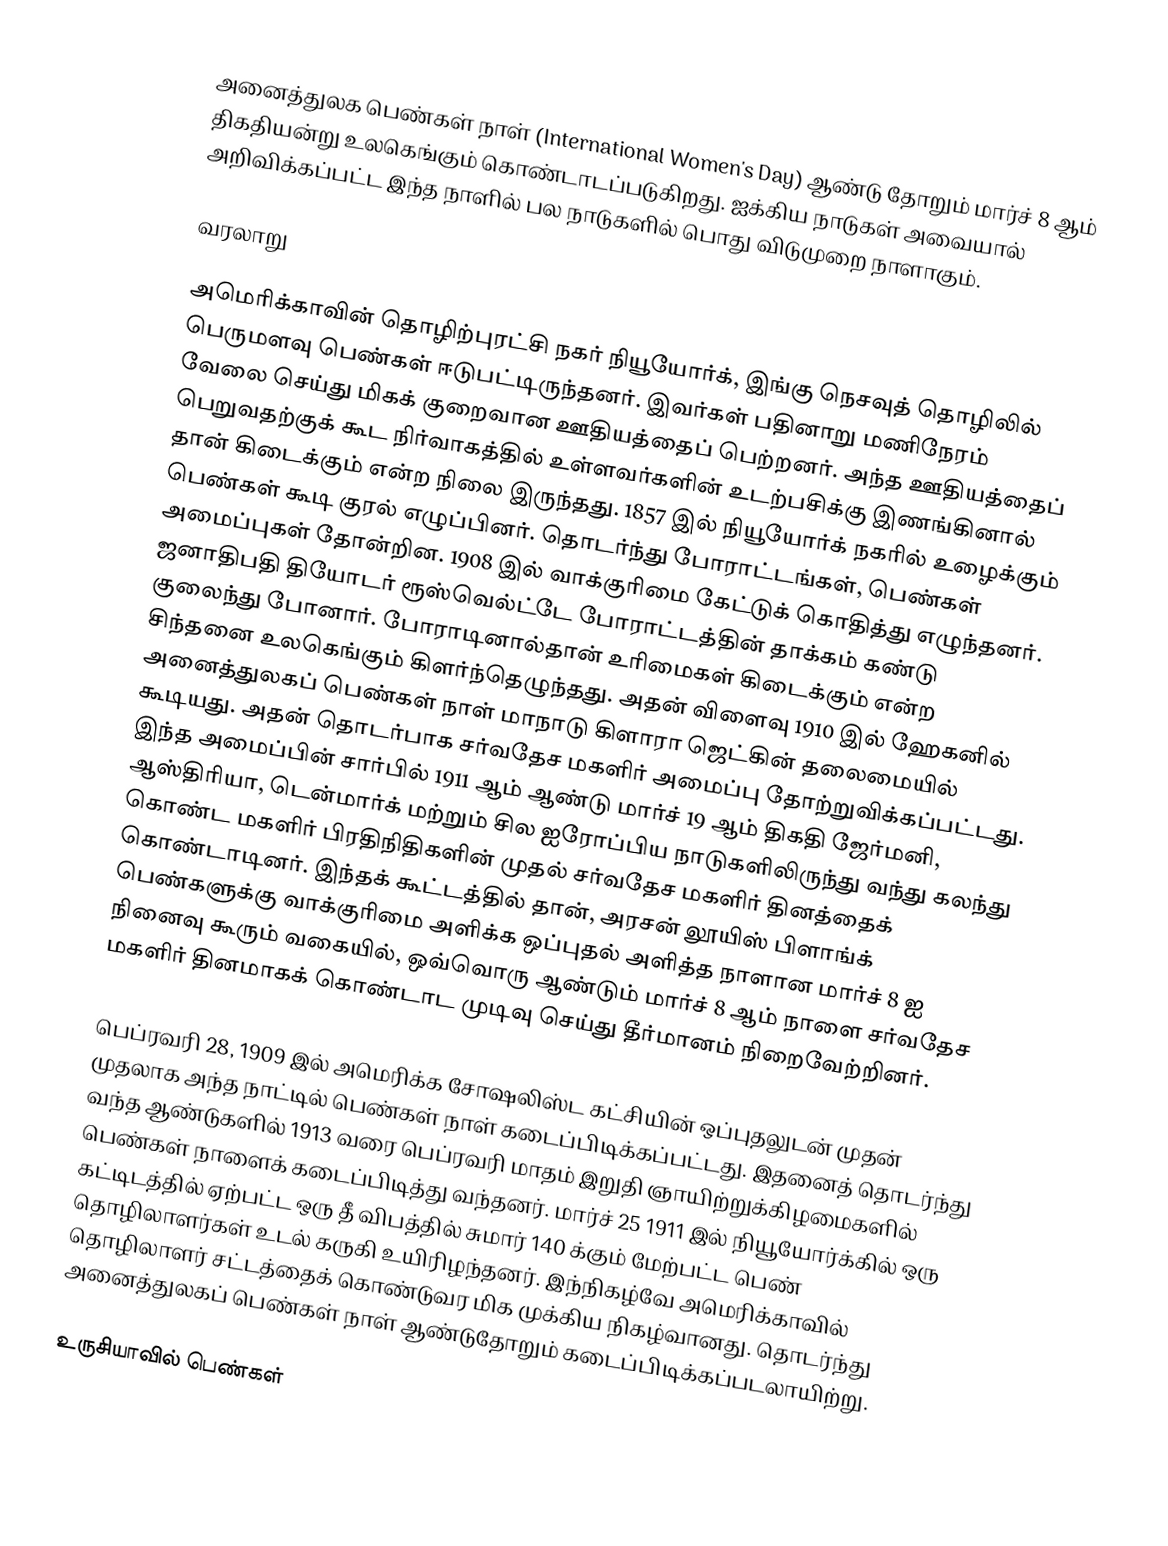
அனைத்துலக பெண்கள் நாள் (International Women's Day) ஆண்டு தோறும் மார்ச் 8 ஆம் திகதியன்று உலகெங்கும் கொண்டாடப்படுகிறது. ஐக்கிய நாடுகள் அவையால் அறிவிக்கப்பட்ட இந்த நாளில் பல நாடுகளில் பொது விடுமுறை நாளாகும்.

வரலாறு

அமெரிக்காவின் தொழிற்புரட்சி நகர் நியூயோர்க், இங்கு நெசவுத் தொழிலில் பெருமளவு பெண்கள் ஈடுபட்டிருந்தனர். இவர்கள் பதினாறு மணிநேரம் வேலை செய்து மிகக் குறைவான ஊதியத்தைப் பெற்றனர். அந்த ஊதியத்தைப் பெறுவதற்குக் கூட நிர்வாகத்தில் உள்ளவர்களின் உடற்பசிக்கு இணங்கினால் தான் கிடைக்கும் என்ற நிலை இருந்தது. 1857 இல் நியூயோர்க் நகரில் உழைக்கும் பெண்கள் கூடி குரல் எழுப்பினர். தொடர்ந்து போராட்டங்கள், பெண்கள் அமைப்புகள் தோன்றின. 1908 இல் வாக்குரிமை கேட்டுக் கொதித்து எழுந்தனர். ஜனாதிபதி தியோடர் ரூஸ்வெல்ட்டே போராட்டத்தின் தாக்கம் கண்டு குலைந்து போனார். போராடினால்தான் உரிமைகள் கிடைக்கும் என்ற சிந்தனை உலகெங்கும் கிளர்ந்தெழுந்தது. அதன் விளைவு 1910 இல் ஹேகனில் அனைத்துலகப்  பெண்கள் நாள் மாநாடு கிளாரா ஜெட்கின் தலைமையில் கூடியது. அதன் தொடர்பாக சர்வதேச மகளிர் அமைப்பு தோற்றுவிக்கப்பட்டது. இந்த அமைப்பின் சார்பில் 1911 ஆம் ஆண்டு மார்ச் 19 ஆம் திகதி ஜேர்மனி, ஆஸ்திரியா, டென்மார்க் மற்றும் சில ஐரோப்பிய நாடுகளிலிருந்து வந்து கலந்து கொண்ட மகளிர் பிரதிநிதிகளின் முதல் சர்வதேச மகளிர் தினத்தைக் கொண்டாடினர். இந்தக் கூட்டத்தில் தான், அரசன் லூயிஸ் பிளாங்க் பெண்களுக்கு வாக்குரிமை அளிக்க ஒப்புதல் அளித்த நாளான மார்ச் 8 ஐ நினைவு கூரும் வகையில், ஒவ்வொரு ஆண்டும் மார்ச் 8 ஆம் நாளை சர்வதேச மகளிர் தினமாகக் கொண்டாட முடிவு செய்து தீர்மானம் நிறைவேற்றினர்.

பெப்ரவரி 28, 1909 இல் அமெரிக்க சோஷலிஸ்ட கட்சியின் ஒப்புதலுடன் முதன் முதலாக அந்த நாட்டில் பெண்கள் நாள் கடைப்பிடிக்கப்பட்டது. இதனைத் தொடர்ந்து வந்த ஆண்டுகளில் 1913 வரை பெப்ரவரி மாதம் இறுதி ஞாயிற்றுக்கிழமைகளில் பெண்கள் நாளைக் கடைப்பிடித்து வந்தனர். மார்ச் 25 1911 இல் நியூயோர்க்கில் ஒரு கட்டிடத்தில் ஏற்பட்ட ஒரு தீ விபத்தில் சுமார் 140 க்கும் மேற்பட்ட பெண் தொழிலாளர்கள் உடல் கருகி உயிரிழந்தனர். இந்நிகழ்வே அமெரிக்காவில் தொழிலாளர் சட்டத்தைக் கொண்டுவர மிக முக்கிய நிகழ்வானது. தொடர்ந்து அனைத்துலகப் பெண்கள் நாள் ஆண்டுதோறும் கடைப்பிடிக்கப்படலாயிற்று.

உருசியாவில் பெண்கள்